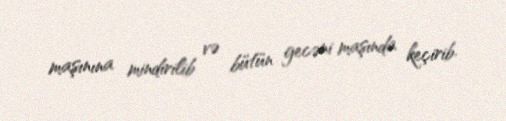
maşınına mindirilib və bütün gecəni maşında keçirib.